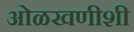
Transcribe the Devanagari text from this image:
ओळखणीशी